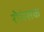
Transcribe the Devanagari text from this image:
रोमंसक